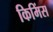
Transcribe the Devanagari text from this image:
किमिंस